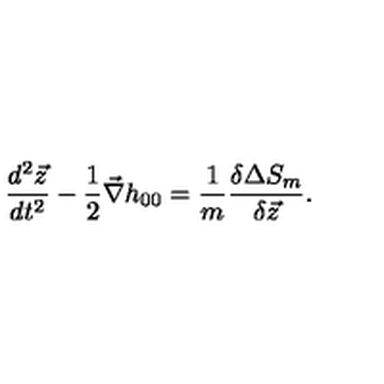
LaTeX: \frac { d ^ { 2 } { \vec { z } } } { d t ^ { 2 } } - \frac { 1 } { 2 } { \vec { \nabla } } h _ { 0 0 } = \frac { 1 } { m } \frac { \delta \Delta S _ { m } } { \delta { \vec { z } } } .